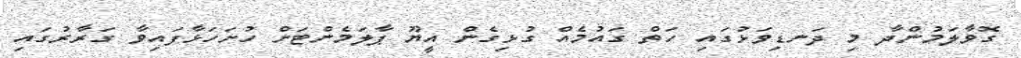
ގޮވާލަމުންދާ މި ދަނޑިވަޅުގައި ހަތް ގައުމެއް ގުޅިގެން އީޔޫ ޕާލަމެންޓަށް ހުށަހަޅާފައިވާ ގަރާރުގައި